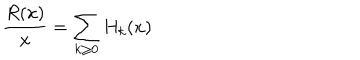
\frac { R ( x ) } { x } = \sum _ { k \ge 0 } H _ { k } ( x )